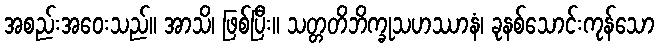
အစည်းအဝေးသည်။ အာသိ၊ ဖြစ်ပြီး။ သတ္တတိဘိက္ခုသဟဿာနံ၊ ခုနစ်သောင်းကုန်သော